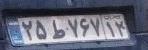
۲۵ط۷۶۷۱۲